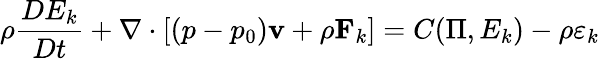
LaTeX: \rho\frac{DE_{k}}{Dt}+\nabla\cdot[(p-p_{0}){\mathbf v}+\rho{\mathbf F}_{k}]=C(\Pi,E_{k})-\rho\varepsilon_{k}